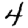
Digit: 4